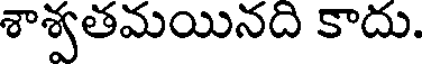
శాశ్వతమయినది కాదు.